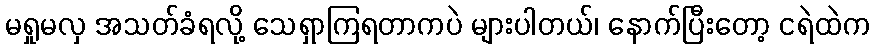
မရှုမလှ အသတ်ခံရလို့ သေရှာကြရတာကပဲ များပါတယ်၊ နောက်ပြီးတော့ ငရဲထဲက